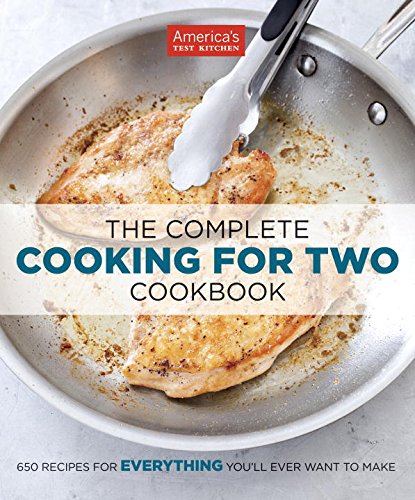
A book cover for The Complete Cooking For Two Cookbook; Cookbooks, Food & Wine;